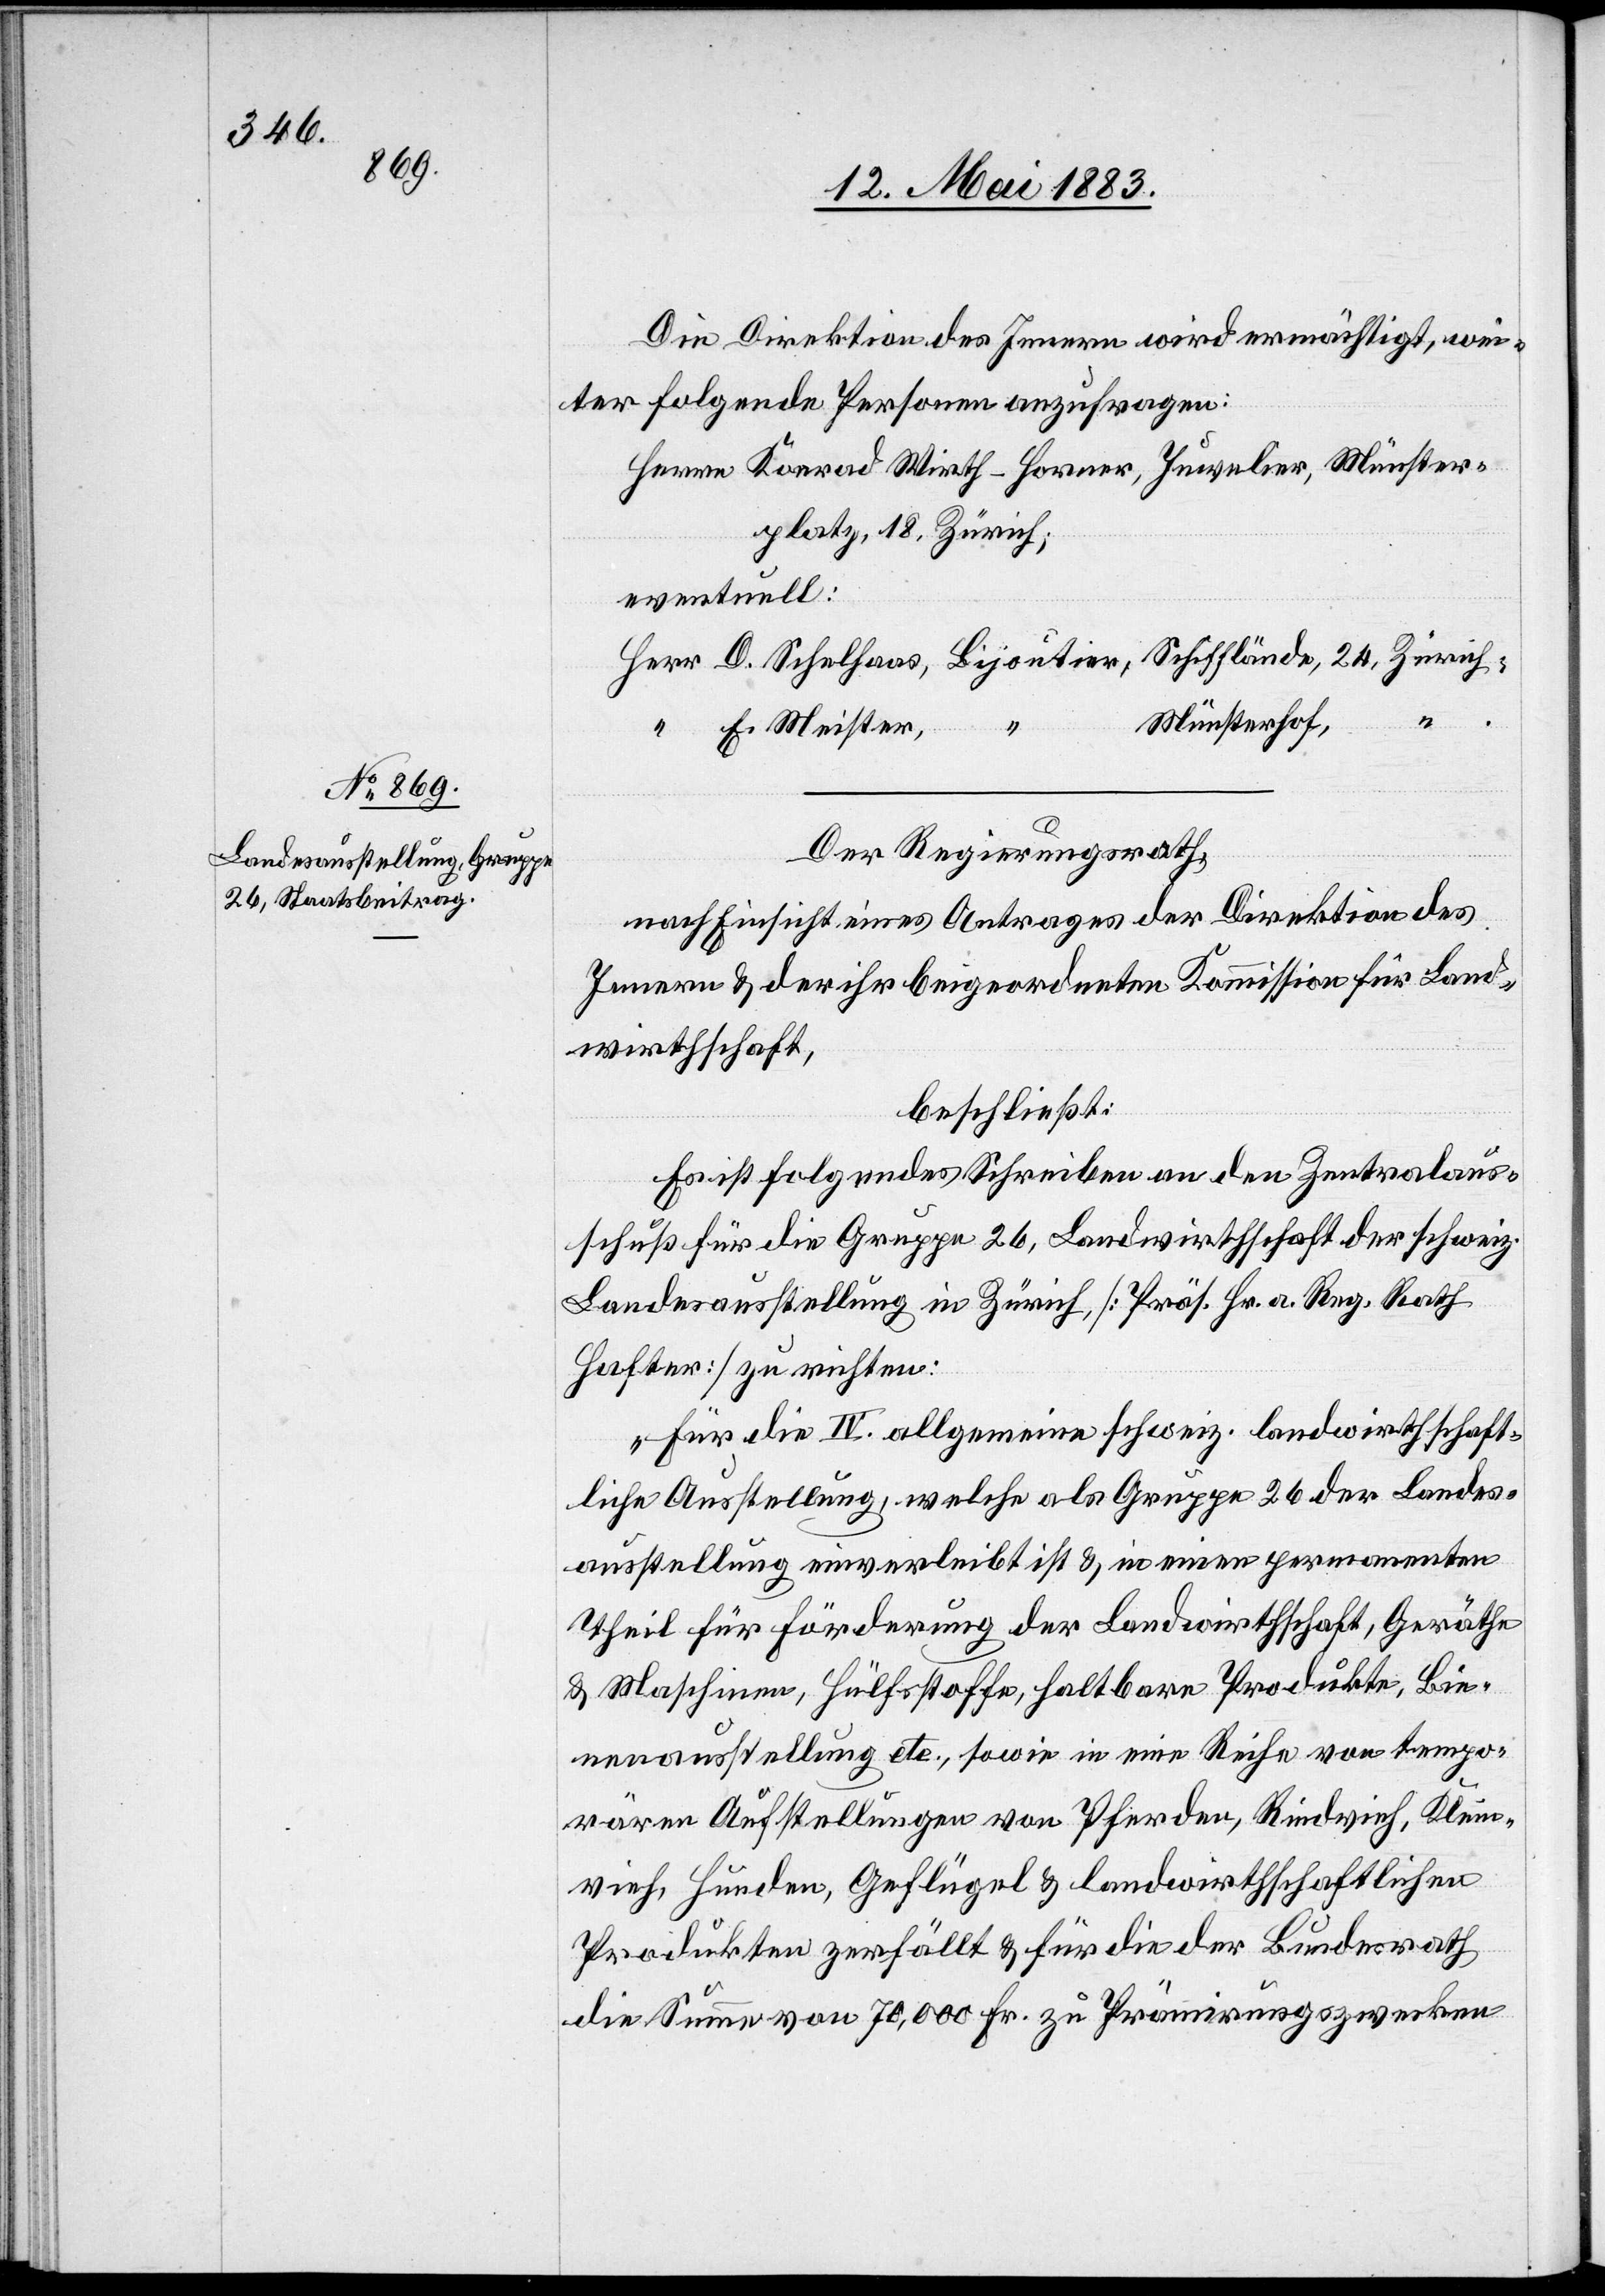
Die Direktion des Innern wird ermächtigt, wei¬
ter folgende Personen anzufragen:
Herrn Konrad Wirth-Horner, Juwelier, Münster¬
platz, 18, Zürich;
eventuell:
Herr D. Schelhaas, Bijoutier, Schifflände, 24, Zürich;
Münsterhof,
“ E. Meister,
Der Regierungsrath,
nach Einsicht eines Antrages der Direktion des
Innern & der ihr beigeordneten Kommission für Land¬
wirthschaft,
beschließt:
Es ist folgendes Schreiben an den Zentralaus¬
schuß für die Gruppe 26, Landwirthschaft der schweiz.
Landesausstellung in Zürich [Präs. Hr. a. Reg. Rath
Hafter] zu richten:
„Für die IV. allgemeine schweiz. landwirthschaft¬
liche Ausstellung, welche als Gruppe 26 der Landes¬
ausstellung einverleibt ist & in einen permanenten
Theil für Förderung der Landwirthschaft, Geräthe
& Maschinen, Hülfsstoffe, haltbare Produkte, Bie¬
nenausstellung etc. sowie in eine Reihe von tempo¬
rären Aufstellungen von Pferden, Rindvieh, Klein¬
vieh, Hunden, Geflügel & landwirthschaftlichen
Produkten zerfällt & für die der Bundesrath
die Summe von 70,000 Fr. zu Prämirungszwecken